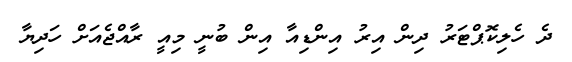
ދެ ހެލިކޮޕްޓަރު ދިން އިރު އިންޑިއާ އިން ބުނީ މިއީ ރާއްޖެއަށް ހަދިޔާ